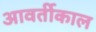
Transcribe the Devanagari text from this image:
आवर्तीकाल